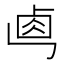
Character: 𠧷